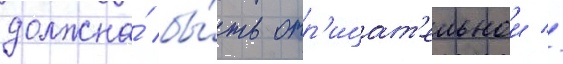
должна́ бы́ть отр'ицат'ельнои //